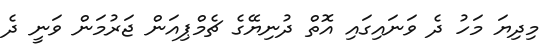
މިދިޔަ މަހު ދެ ވަނައިގައި އޮތް ދުނިޔޭގެ ޗެމްޕިއަން ޖަރުމަން ވަނީ ދެ